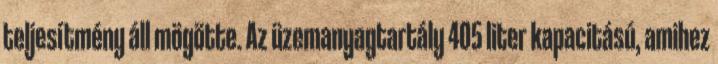
teljesítmény áll mögötte. Az üzemanyagtartály 405 liter kapacitású, amihez